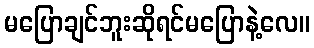
မပြောချင်ဘူးဆိုရင်မပြောနဲ့လေ။